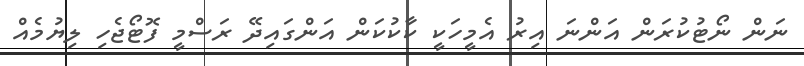
ނަން ނޯޓުކުރަން އަންނަ އިރު އެމީހަކީ ކާކުކަން އަންގައިދޭ ރަސްމީ ފޮޓޯޖެހި ލިޔުމެއް